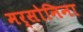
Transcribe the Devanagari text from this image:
मर्सोनिना